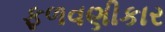
ફળવણીકાર